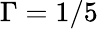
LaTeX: \Gamma=1/5